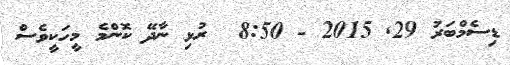
ޑިސެމްބަރު 29